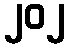
၂၀၂